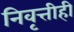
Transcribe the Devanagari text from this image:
निवृत्तीही